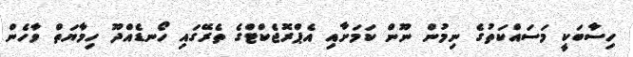
ހިސާބަކީ މަސައްކަތުގެ ނިމުން ނޫން ކަމަށާއި އެޕްރޮޖެކްޓްގެ ތެރޭގައި ހޯނޑެއްދޫ ހިމާޔަތް ވާހެން